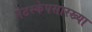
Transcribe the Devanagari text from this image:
नेटस्केपसारख्या